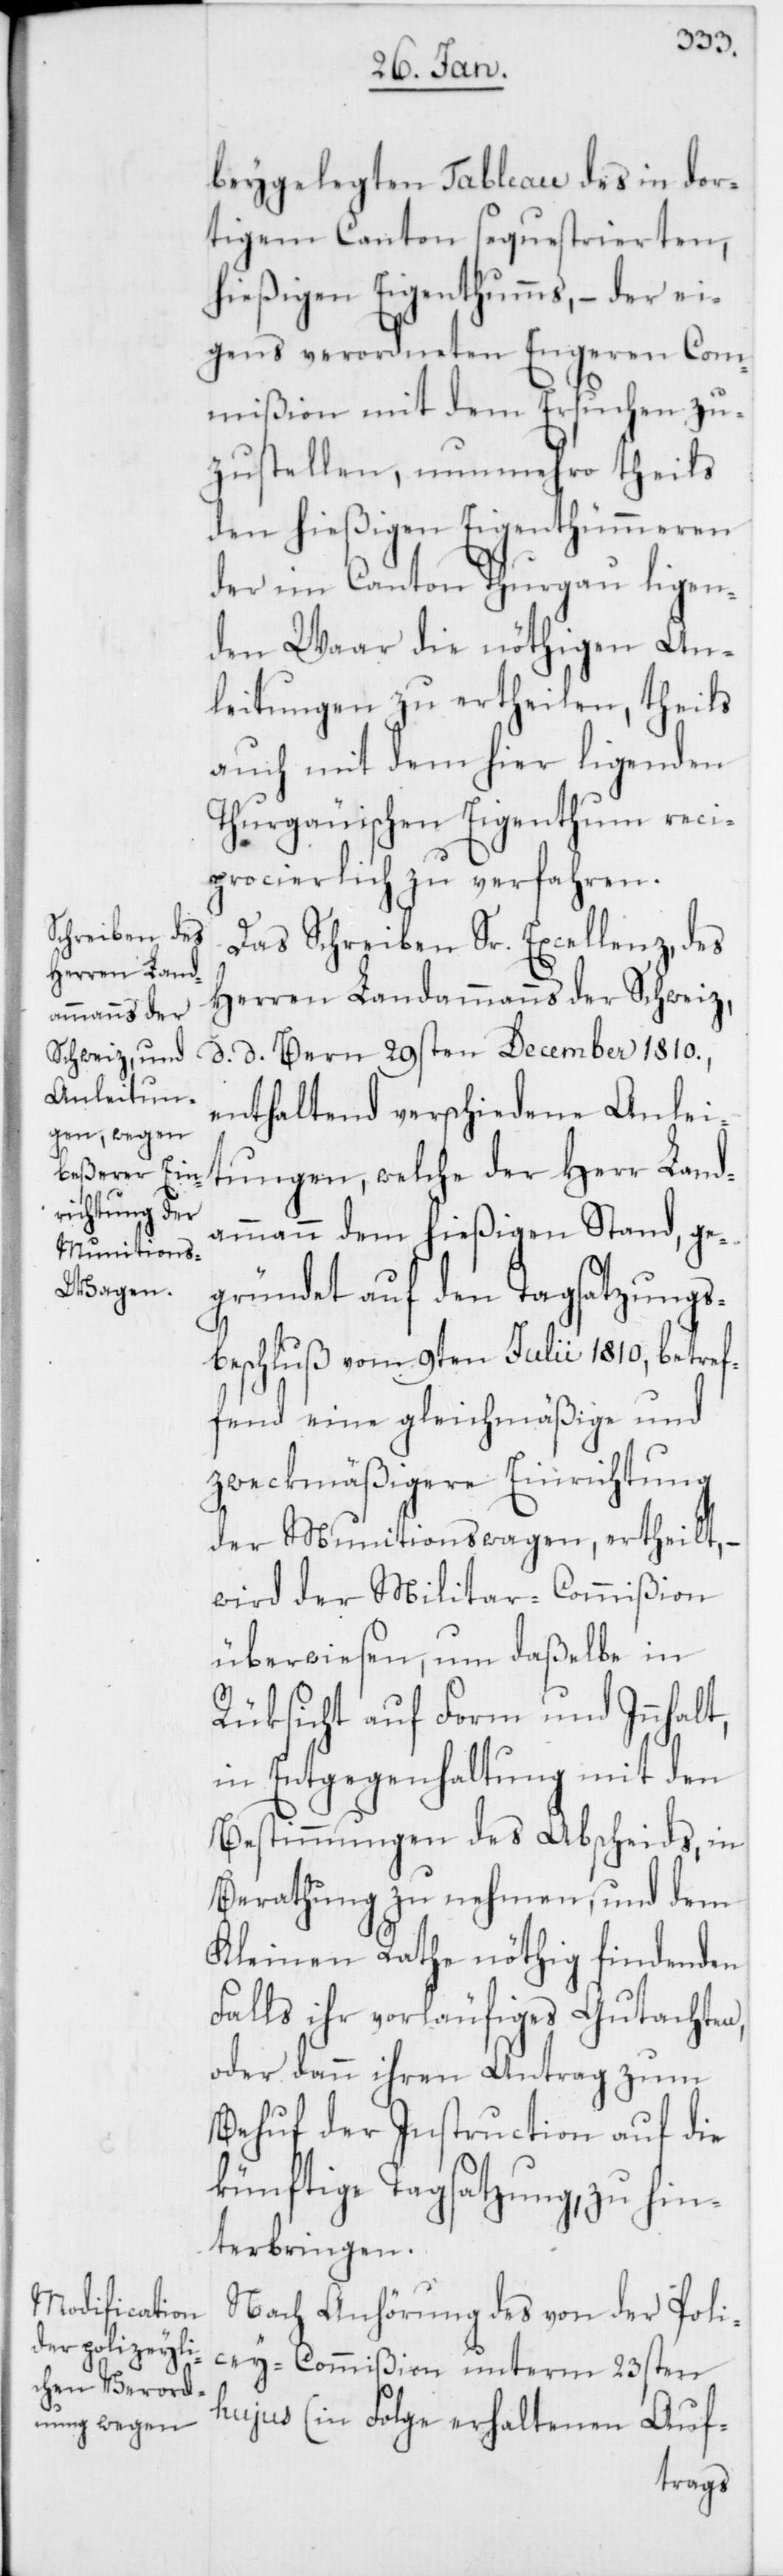
beygelegten Tableau des in dor¬
tigem Canton sequestrierten,
hießigen Eigenthums, – der ei¬
gens verordneten Engeren Com¬
mißion mit dem Ersuchen zu¬
zustellen, nunmehro theils
den hießigen Eigenthümeren
der im Canton Thurgau ligen¬
den Waar die nöthigen An¬
leitungen zu ertheilen, theils
auch mit dem hier ligenden
Thurgauischen Eigenthum reci¬
procierlich zu verfahren.
Das Schreiben Sr. Excellenz, des
Herren Landammanns der Schweiz,
d. d. Bern 29sten December 1810.,
enthaltend verschiedene Anlei¬
tungen, welche der Herr Land¬
ammann dem hießigen Stand, ge¬
gründet auf den Tagsatzungs¬
beschluß vom 9ten Julii 1810, betref¬
fend eine gleichmäßige und
zweckmäßigere Einrichtung
der Munuitionswagen, ertheilt,
wird der Militar-Commißion
überwiesen, um daßelbe in
Rüksicht auf Form und Innhalt,
in Entgegenhaltung mit den
Bestimmungen des Abscheids, in
Berathung zu nehmen, und dem
Kleinen Rathe nöthig findenden
Falls ihr vorläufiges Gutachten,
oder dann ihren Antrag zum
Behuf der Instruction auf die
künftige Tagsatzung, zu hin¬
terbringen.
Nach Anhörung des von der Polic¬
ey-Commißion unterm 23sten
hujus (in Folge erhaltenen Auf-